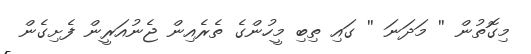
މިގޮތުން '' މަދަނަ '' ގައި ތިބި މީހުންގެ ތެރެއިން ޖެނުއަރީން ފެށިގެން